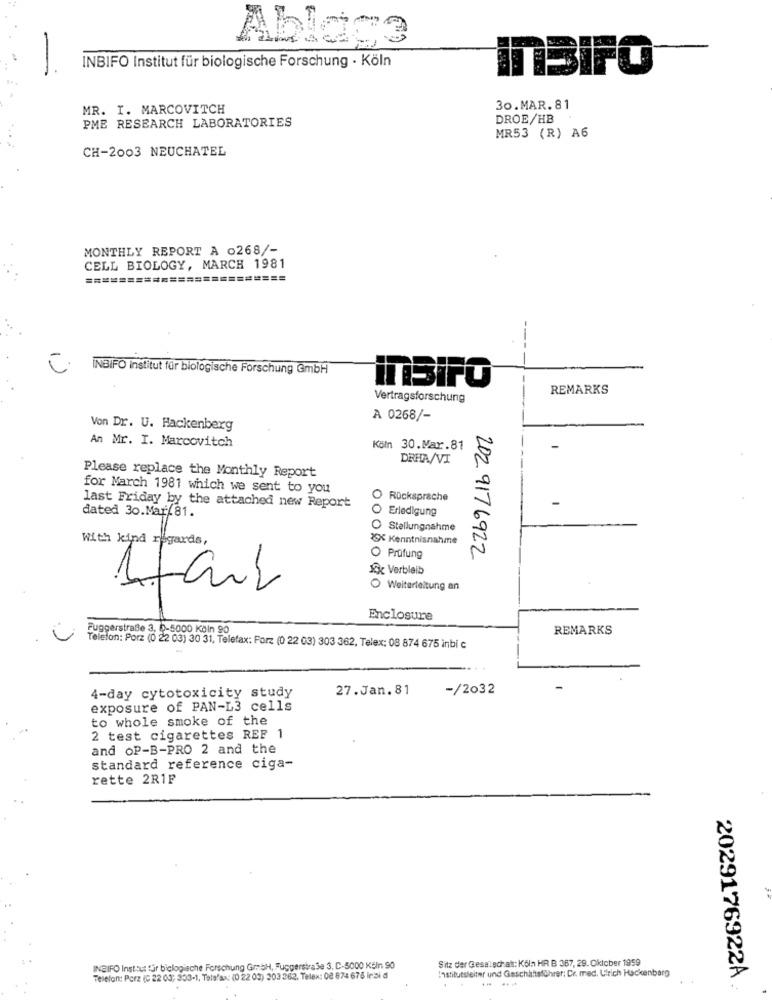
Ablage
-
INBIFO Institut für biologische Forschung - Köln
InBIFO
MR. I. MARCOVITCH
30.MAR.81
PME RESEARCH LABORATORIES
DROE/HB
MR53 (R) A6
CH-2003 NEUCHATEL
MONTHLY REPORT A 0268/-
CELL BIOLOGY, MARCH 1981
===
==============
INBIFO institut für biologische Forschung GmbH
inSIFO
REMARKS
Vertragsforschung
A 0268/-
Von Dr. U. Hackenberg
An Mr. I. Marcovitch
Köln 30.Mar.81
DRHA/VI
Please replace the Monthly Report
for March 1981 which we sent to you
O Rücksprache
last Friday by the attached new Report
O Erledigung
dated 30.Mar 81.
Stellungnahme
With kind regards,
2X Kenntnisnahme
O Prüfung
202 9176922
Kk Verbleib
1fan
O Weiterleitung an
Enclosure
Fuggerstraße 3, 5-5000 Köln 90
REMARKS
Telefon: Porz (0 22 03) 30 31, Telefax: Forz (0 22 03) 303 362, Telex: 08 874 675 inbi c
4-day cytotoxicity study
27.Jan.81
-/2032
exposure of PAN-L3 cells
to whole smoke of the
2 test cigarettes REF 1
and oP-B-PRO 2 and the
standard reference ciga-
rette 2R1F
Sitz der Geselschaft: Köln HR B 367, 29. Oktober 1959
INGIFO Instout får biologische Forschung GmbH, FuggersiraSe 3. C-5000 Köln 90
Telefon: Porz (0 22 03; 333-1, Telefax: (0 22 03) 303 362. Telex: 08 874 678 Inbid
Institutsleiter und Geschäftsführer; Cr. med. Ulrich Hackenberg
2029176922A.